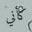
كأني